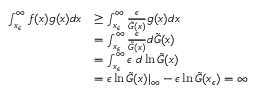
\begin{array} { r l } { \int _ { x _ { \epsilon } } ^ { \infty } f ( x ) g ( x ) d x } & { \geq \int _ { x _ { \epsilon } } ^ { \infty } \frac { \epsilon } { \tilde { G } ( x ) } g ( x ) d x } \\ & { = \int _ { x _ { \epsilon } } ^ { \infty } \frac { \epsilon } { \tilde { G } ( x ) } d \tilde { G } ( x ) } \\ & { = \int _ { x _ { \epsilon } } ^ { \infty } \epsilon \ d \ln { \tilde { G } ( x ) } } \\ & { = \epsilon \ln { \tilde { G } ( x ) } | _ { \infty } - \epsilon \ln { \tilde { G } ( x _ { \epsilon } ) } = \infty } \end{array}